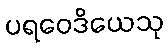
ပရဝေဒိယေသု